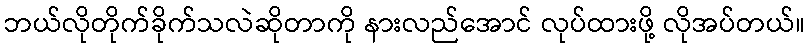
ဘယ်လိုတိုက်ခိုက်သလဲဆိုတာကို နားလည်အောင် လုပ်ထားဖို့ လိုအပ်တယ်။